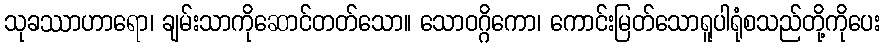
သုခဿာဟာရော၊ ချမ်းသာကိုဆောင်တတ်သော။ သောဝဂ္ဂိကော၊ ကောင်းမြတ်သောရူပါရုံစသည်တို့ကိုပေး